Lunatic asylums in Bengal annual reports 1899-1911 - 1899-1911
Year: 1899
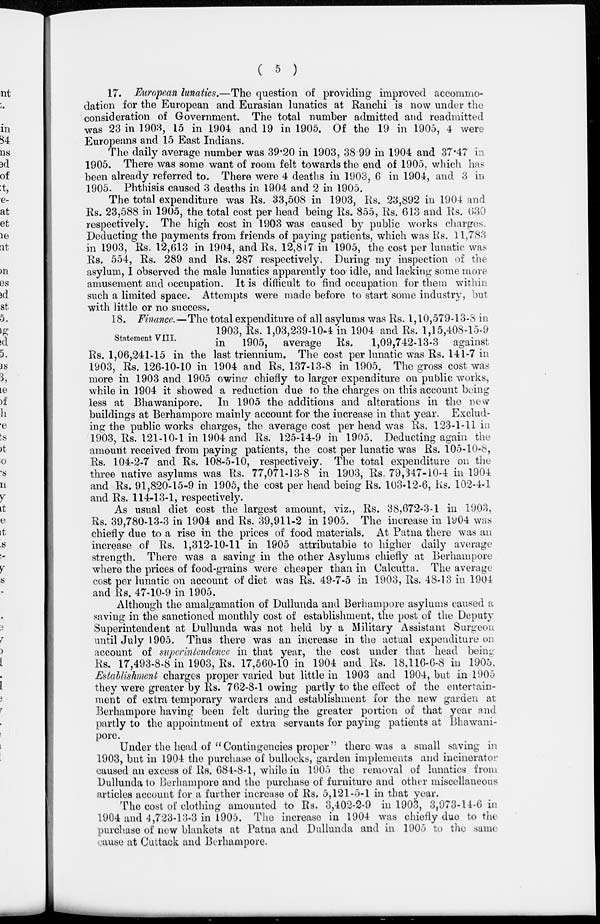
( 5 )
17. European lunatics.—The question of providing improved accommo-
dation for the European and Eurasian lunatics at Ranchi is now under the
consideration of Government. The total number admitted and readmitted
was 23 in 1903, 15 in 1904 and 19 in 1905. Of the 19 in 1905, 4 were
Europeans and 15 East Indians.
The daily average number was 39.20 in 1903, 38.99 in 1904 and 37.47 in
1905. There was some want of room felt towards the end of 1905, which has
been already referred to. There were 4 deaths in 1903, 6 in 1904, and 3 in
1905. Phthisis caused 3 deaths in 1904 and 2 in 1905.
The total expenditure was Rs. 33,508 in 1903, Rs. 23,892 in 1904 and
Rs. 23,588 in 1905, the total cost per head being Rs. 855, Rs. 613 and Rs. 630
respectively. The high cost in 1903 was caused by public works charges.
Deducting the payments from friends of paying patients, which was Rs. 11,783
in 1903, Rs. 12,613 in 1904, and Rs. 12,817 in 1905, the cost per lunatic was
Rs. 554, Rs. 289 and Rs. 287 respectively. During my inspection of the
asylum, I observed the male lunatics apparently too idle, and lacking some more
amusement and occupation. It is difficult to find occupation for them within
such a limited space. Attempts were made before to start some industry, but
with little or no success.
Statement VIII.
18. Finance.—The total expenditure of all asylums was Rs. 1,10,579-13-3 in
1903, Rs. 1,03,239-10-4 in 1904 and Rs. 1,15,408-15-9
in
1905, average Rs.
1,09,742-13-3 against
Rs. 1,06,241-15 in the last triennium. The cost per lunatic was Rs. 141-7 in
1903, Rs. 126-10-10 in 1904 and Rs. 137-13-8 in 1905. The gross cost was
more in 1903 and 1905 owing chiefly to larger expenditure on public works,
while in 1904 it showed a reduction due to the charges on this account being
less at Bhawanipore. In 1905 the additions and alterations in the new
buildings at Berhampore mainly account for the increase in that year. Exclud-
ing the public works charges, the average cost per head was Rs. 123-1-11 in
1903, Rs. 121-10-1 in 1904 and Rs. 125-14-9 in 1905. Deducting again the
amount received from paying patients, the cost per lunatic was Rs. 105-10-8,
Rs. 104-2-7 and Rs. 108-5-10, respectively. The total expenditure on the
three native asylums was Rs. 77,071-13-8 in 1903, Rs. 79,347-10-4 in 1904
and Rs. 91,820-15-9 in 1905, the cost per head being Rs. 103-12-6, Rs. 102-4-1
and Rs. 114-13-1, respectively.
As usual diet cost the largest amount, viz., Rs. 38,672-3-1 in 1903.
Rs. 39,780-13-3 in 1904 and Rs. 39,911-2 in 1905. The increase in 1904 was
chiefly due to a rise in the prices of food materials. At Patna there was an
increase of Rs. 1,312-10-11 in 1905 attributable to higher daily average
strength. There was a saving in the other Asylums chiefly at Berhampore
where the prices of food-grains were cheaper than in Calcutta. The average
cost per lunatic on account of diet was Rs. 49-7-5 in 1903, Rs. 48-13 in 1904
and Rs. 47-10-9 in 1905.
Although the amalgamation of Dullunda and Berhampore asylums caused a
saving in the sanctioned monthly cost of establishment, the post of the Deputy
Superintendent at Dullunda was not held by a Military Assistant Surgeon
until July 1905. Thus there was an increase in the actual expenditure on
account of superintendence in that year, the cost under that head being:
Rs. 17,493-8-8 in 1903, Rs. 17,560-10 in 1904 and Rs. 18,116-6-8 in 1905.
Establishment charges proper varied but little in 1903 and 1904, but in 1905
they were greater by Rs. 762-8-1 owing partly to the effect of the entertain-
ment of extra temporary warders and establishment for the new garden at
Berhampore having been felt during the greater portion of that year and
partly to the appointment of extra servants for paying patients at Bhawani-
pore.
Under the head of "Contingencies proper" there was a small saving in
1903, but in 1904 the purchase of bullocks, garden implements and incinerator
caused an excess of Rs. 684-8-1, while in 1905 the removal of lunatics from
Dullunda to Berhampore and the purchase of furniture and other miscellaneous
articles account for a further increase of Rs. 5,121-5-1 in that year.
The cost of clothing amounted to Rs. 3,402-2-9 in 1903, 3,973-14-6 in
1904 and 4,723-13-3 in 1905. The increase in 1904 was chiefly due to the
purchase of new blankets at Patna and Dullunda and in 1905 to the same
cause at Cuttack and Berhampore.